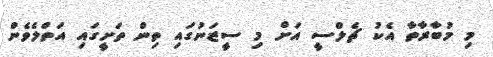
މި މުބާރާތާ އެކު ޗެލްސީ އަށް މި ސީޒަނުގައި ތިން ތަށީގައި އަތްލެވެން